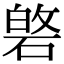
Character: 𮀯